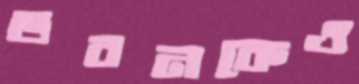
ভবনকেও